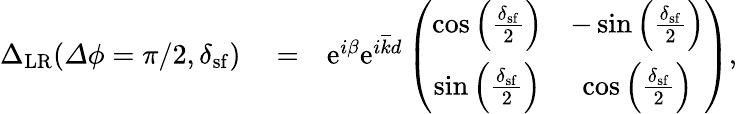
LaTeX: \begin{array}{rlr}{{\Delta}_{\mathrm{LR}}({\mathit\Delta\phi}=\pi/2,\delta_{\mathrm{sf}})}&{{}=}&{\mathrm{e}^{i\beta}\mathrm{e}^{i\overline{{k}}d}\left(\begin{array}{cc}{\cos\left(\frac{\delta_{\mathrm{sf}}}{2}\right)}&{-\sin\left(\frac{\delta_{\mathrm{sf}}}{2}\right)}\\ {\sin\left(\frac{\delta_{\mathrm{sf}}}{2}\right)}&{\cos\left(\frac{\delta_{\mathrm{sf}}}{2}\right)}\end{array}\right),}\end{array}